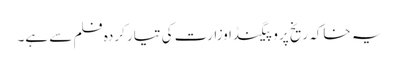
یہ خاکہ ریخ پروپیگنڈا وزارت کی تیار کردہ فلم سے ہے۔